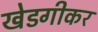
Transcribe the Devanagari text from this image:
खेडगीकर